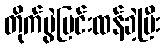
တိုက်ပွဲပြင်းထန်ခဲ့ပြီး